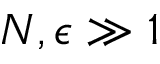
N , \epsilon \gg 1